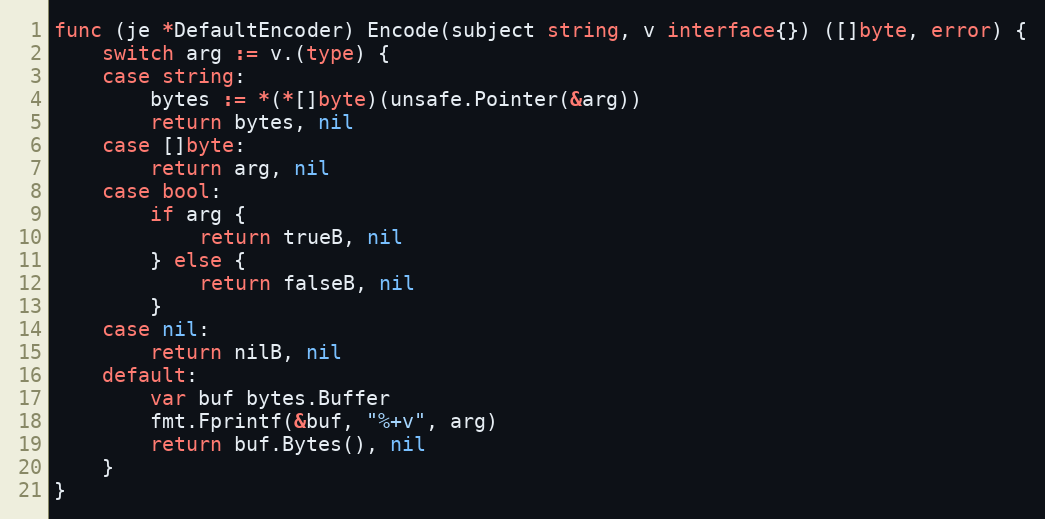
Language: Go
func (je *DefaultEncoder) Encode(subject string, v interface{}) ([]byte, error) {
	switch arg := v.(type) {
	case string:
		bytes := *(*[]byte)(unsafe.Pointer(&arg))
		return bytes, nil
	case []byte:
		return arg, nil
	case bool:
		if arg {
			return trueB, nil
		} else {
			return falseB, nil
		}
	case nil:
		return nilB, nil
	default:
		var buf bytes.Buffer
		fmt.Fprintf(&buf, "%+v", arg)
		return buf.Bytes(), nil
	}
}